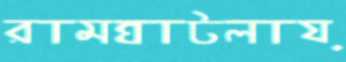
রামঘাটলায়